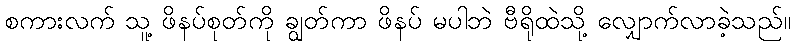
စကားလက် သူ့ ဖိနပ်စုတ်ကို ချွတ်ကာ ဖိနပ် မပါဘဲ ဗီရိုထဲသို့ လျှောက်လာခဲ့သည်။